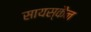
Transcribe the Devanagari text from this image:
सायस्कैन